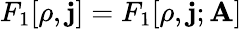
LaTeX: F_{1}[\rho,\mathbf{j}]=F_{1}[\rho,\mathbf{j};\mathbf{A}]